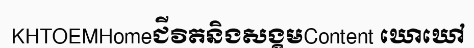
KHTOEMHomeជីវិតនិងសង្គមContent ឃោឃៅ